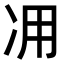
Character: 𠖿